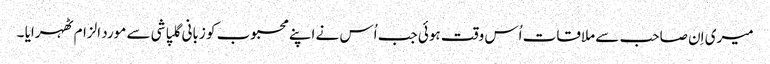
میری اِن صاحب سے ملاقات اُس وقت ہوئی جب اُس نے اپنے محبوب کو زبانی گلپاشی سے مورد الزام ٹھہرایا ۔